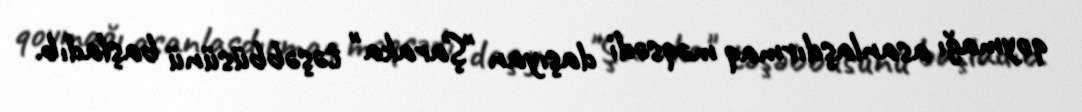
qoymağı asanlaşdırmaq məqsədi daşıyan "Şaraka" təşəbbüsünü başladıb.